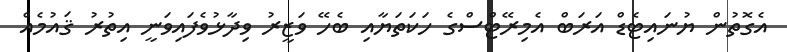
އެގޮތުން ޔުނައިޓެޑް އަރަބް އެމިރޭޓްސްގެ ހަކަތަޔާއި ބެހޭ ވަޒީރު ވިދާޅުވެފައިވަނީ އިތުރު ޤައުމެއް